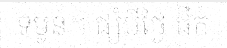
ទម្ងន់។ ផ្សំបីថ្ងៃ ផឹក